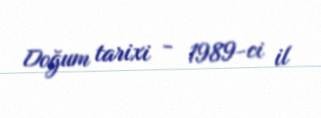
Doğum tarixi - 1989-ci il